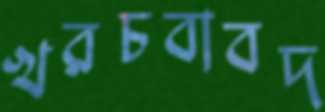
খরচবাবদ